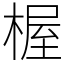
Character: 楃